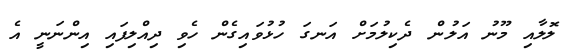
ލޮލާއި މޫނު އަލުން ދެކިލުމަށް އަނގަ ހުޅުވައިގެން ހެވި ދިއްލިފައި އިންނަނީ އެ